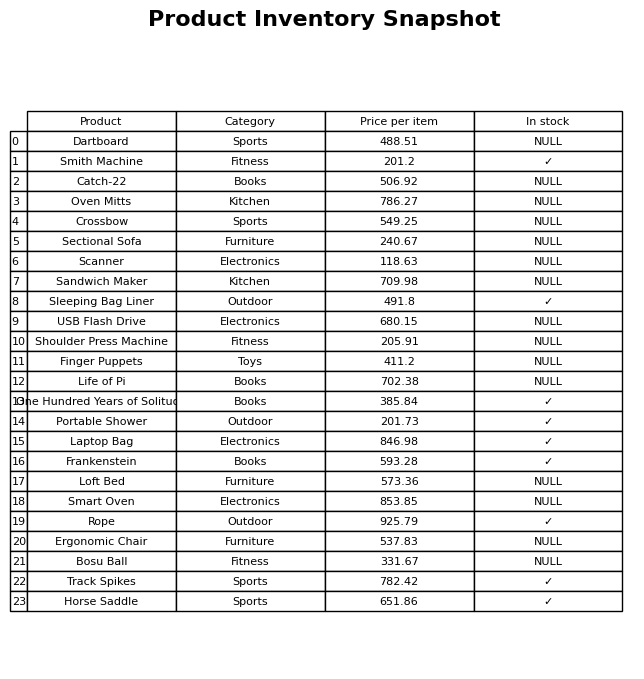
question: Which products are currently out of stock?
answer: Dartboard, Catch-22, Oven Mitts, Crossbow, Sectional Sofa, Scanner, Sandwich Maker, USB Flash Drive, Shoulder Press Machine, Finger Puppets, Life of Pi, Loft Bed, Smart Oven, Ergonomic Chair, Bosu Ball